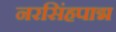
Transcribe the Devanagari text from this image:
नरसिंहपाद्म